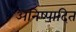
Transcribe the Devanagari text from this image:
अनिष्पादित